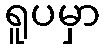
ရူပမှာ